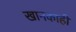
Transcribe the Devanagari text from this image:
खानकाही